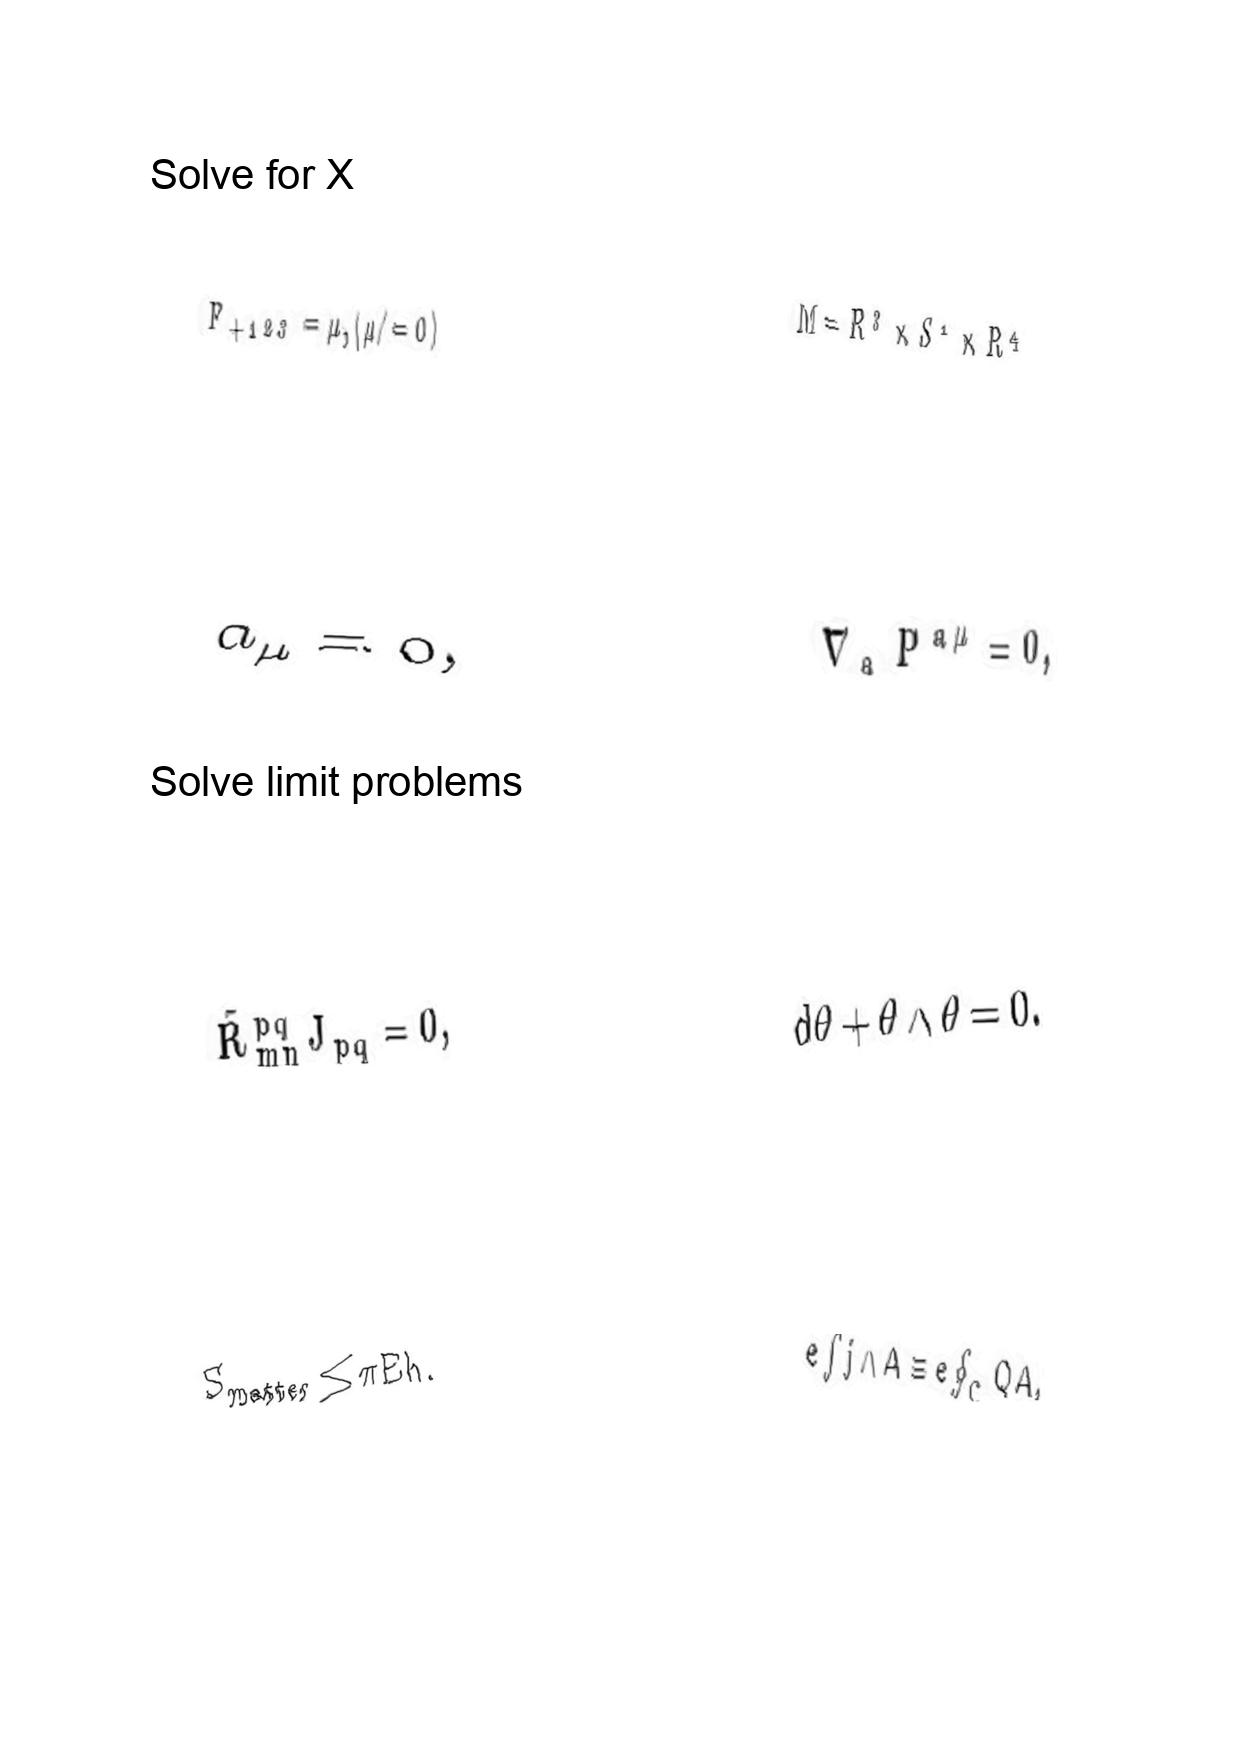
LaTeX transcription:
F _ { + 1 2 3 } = \mu , \lparen \mu \neq 0 \rparen
a _ { \mu } = 0 ,
\tilde { R } _ { m n } ^ { p q } J _ { p q } = 0 ,
S _ { \mathrm { m a t t e r } } \leq \pi E h .
M = R ^ { 3 } \times S ^ { 1 } \times R ^ { 4 }
\nabla _ { a } P ^ { a \mu } = 0 ,
d \theta + \theta \wedge \theta = 0 .
e \int j \wedge A \equiv e \oint _ { C } Q A ,